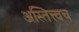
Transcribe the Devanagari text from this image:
अस्तित्त्वच